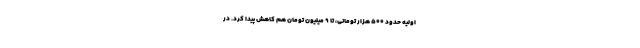
اولیه حدود ۵۰۰ هزار تومانی، تا ۹ میلیون تومان هم کاهش پیدا کرد. در